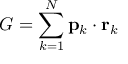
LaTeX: G = \sum _ { k = 1 } ^ { N } \mathbf { p } _ { k } \cdot \mathbf { r } _ { k }